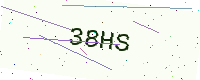
Text: 38HS